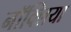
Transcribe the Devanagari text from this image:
नॉक्लिया